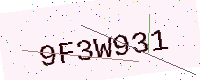
Text: 9F3W931